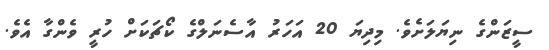
ސީޒަންގެ ނިޔަލަށެވެ. މިދިޔަ 20 އަހަރު އާސެނަލްގެ ކޯޗަކަށް ހުރީ ވެންގާ އެވެ.